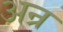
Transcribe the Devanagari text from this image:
अन्र